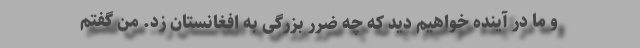
و ما در آینده خواهیم دید که چه ضرر بزرگی به افغانستان زد. من گفتم